Malaria in India - Number 2
Disease focus: Malaria
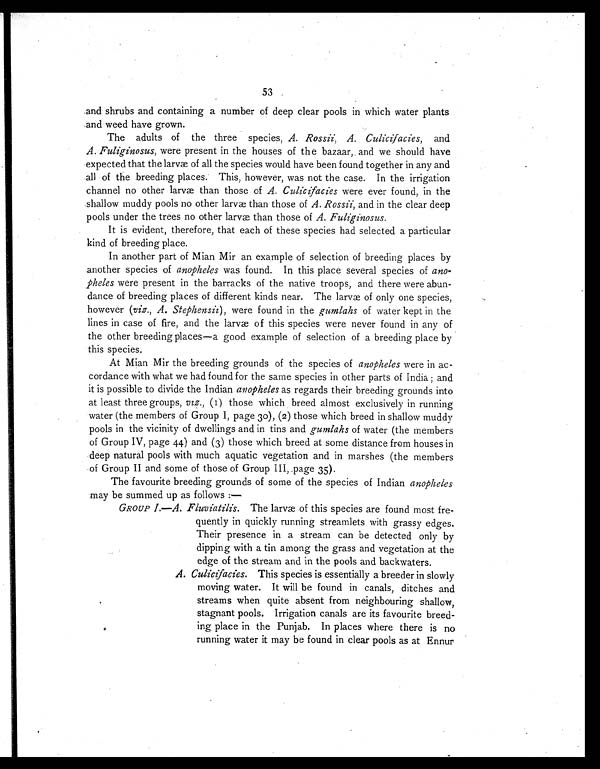
53
and shrubs and containing a number of deep clear pools in which water plants
and weed have grown.
The adults of the three species, A. Rossii, A. Culicifacies, and
A. Fuliginosus, were present in the houses of the bazaar, and we should have
expected that the larvæ of all the species would have been found together in any and
all of the breeding places. This, however, was not the case. In the irrigation
channel no other larvæ than those of A. Culicifacies were ever found, in the
shallow muddy pools no other larvæ than those of A. Rossii, and in the clear deep
pools under the trees no other larvæ than those of A. Fuliginosus .
It is evident, therefore, that each of these species had selected a particular
kind of breeding place.
In another part of Mian Mir an example of selection of breeding places by
another species of anopheles was found. In this place several species of ano
-pheles were present in the barracks of the native troops, and there were abun
-dance of breeding places of different kinds near. The larvæ of only one species,
however ( viz., A. Stephensii), were found in the gumlahs of water kept in the
lines in case of fire, and the larvæ of this species were never found in any of
the other breeding places—a good example of selection of a breeding place by
this species.
At Mian Mir the breeding grounds of the species of anopheles were in ac
-cordance with what we had found for the same species in other parts of India ; and
it is possible to divide the Indian anopheles as regards their breeding grounds into
at least three groups, viz ., (I) those which breed almost exclusively in running
water (the members of Group I, page 3o), (2) those which breed in shallow muddy
pools in the vicinity of dwellings and in tins and gumlahs of water (the members
of Group IV, page 44) and (3) those which breed at some distance from houses in
deep natural pools with much aquatic vegetation and in marshes (the members
of Group II and some of those of Group III, .page 35).
The favourite breeding grounds of some of the species of Indian anopheles
may be summed up as follows :—
GROUP I.—A. Fluviatilis . The larvæ of this species are found most fre
- q u e n t l y i n q u i c k l y r u n n i n g s t r e a m l e t s w i t h g r a s s y e d g e s .
Their presence in a stream can be detected only by
dipping with a tin among the grass and vegetation at the
edge of the stream and in the pools and backwaters.
A. Culicifacies . This species is essentially a breeder in slowly
moving water. It will be found in canals, ditches and
streams when quite absent from neighbouring shallow,
stagnant pools. Irrigation canals are its favourite breed-
ing place in the Punjab. In places where there is no
running water it may be found in clear pools as at Ennur